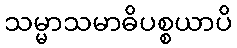
သမ္မာသမာဓိပစ္စယာပိ